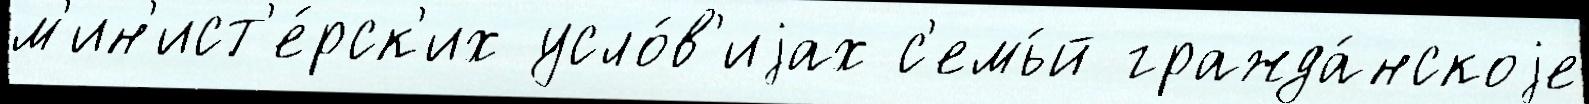
м'ин'ист'е́рск'их усло́в'иjах с'емь́й гражда́нскоjе